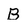
Character: B